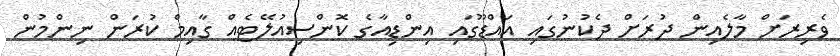
ވެރިރަށް މާލެއިން ދުރަށް ދެކުނުގައި އައްޑޫގައި އިންޑިއާގެ ކޮންސިއުލޭޓެއް ގާއިމް ކުރަން ނިންމުން